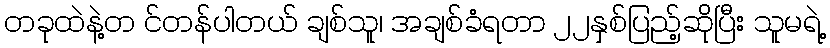
တခုထဲနဲ့တ င်တန်ပါတယ် ချစ်သူ၊ အချစ်ခံရတာ ၂၂နှစ်ပြည့်ဆိုပြီး သူမရဲ့